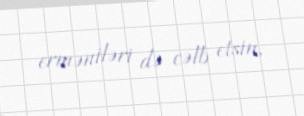
erməniləri də cəlb etsin.